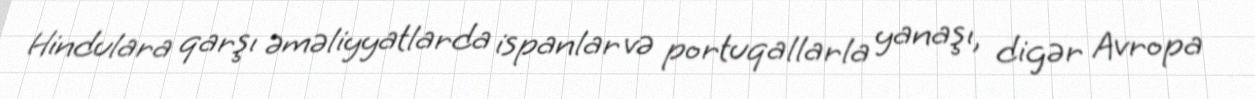
Hindulara qarşı əməliyyatlarda ispanlar və portuqallarla yanaşı, digər Avropa